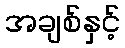
အချစ်နှင့်